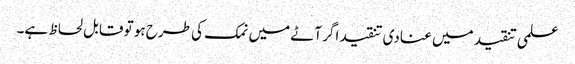
علمی تنقید میں عنادی تنقید اگر آٹے میں نمک کی طرح ہو تو قابل لحاظ ہے۔